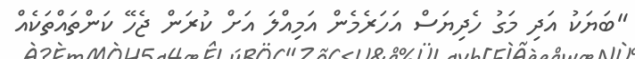
"ބަޔަކު އަދި މަގު ހެދިޔަސް އަހަރެމެން އަމިއްލަ އަށް ކުރަން ޖެހޭ ކަންތައްތަކެއް